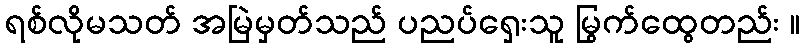
ရစ်လိုမသတ် အမြဲမှတ်သည် ပညပ်ရှေးသူ မြွက်ထွေတည်း ။